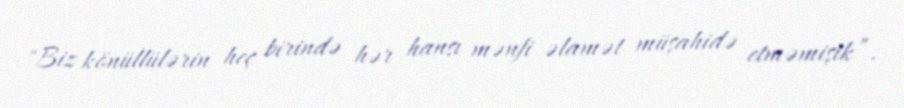
"Biz könüllülərin heç birində hər hansı mənfi əlamət müşahidə etməmişik”.